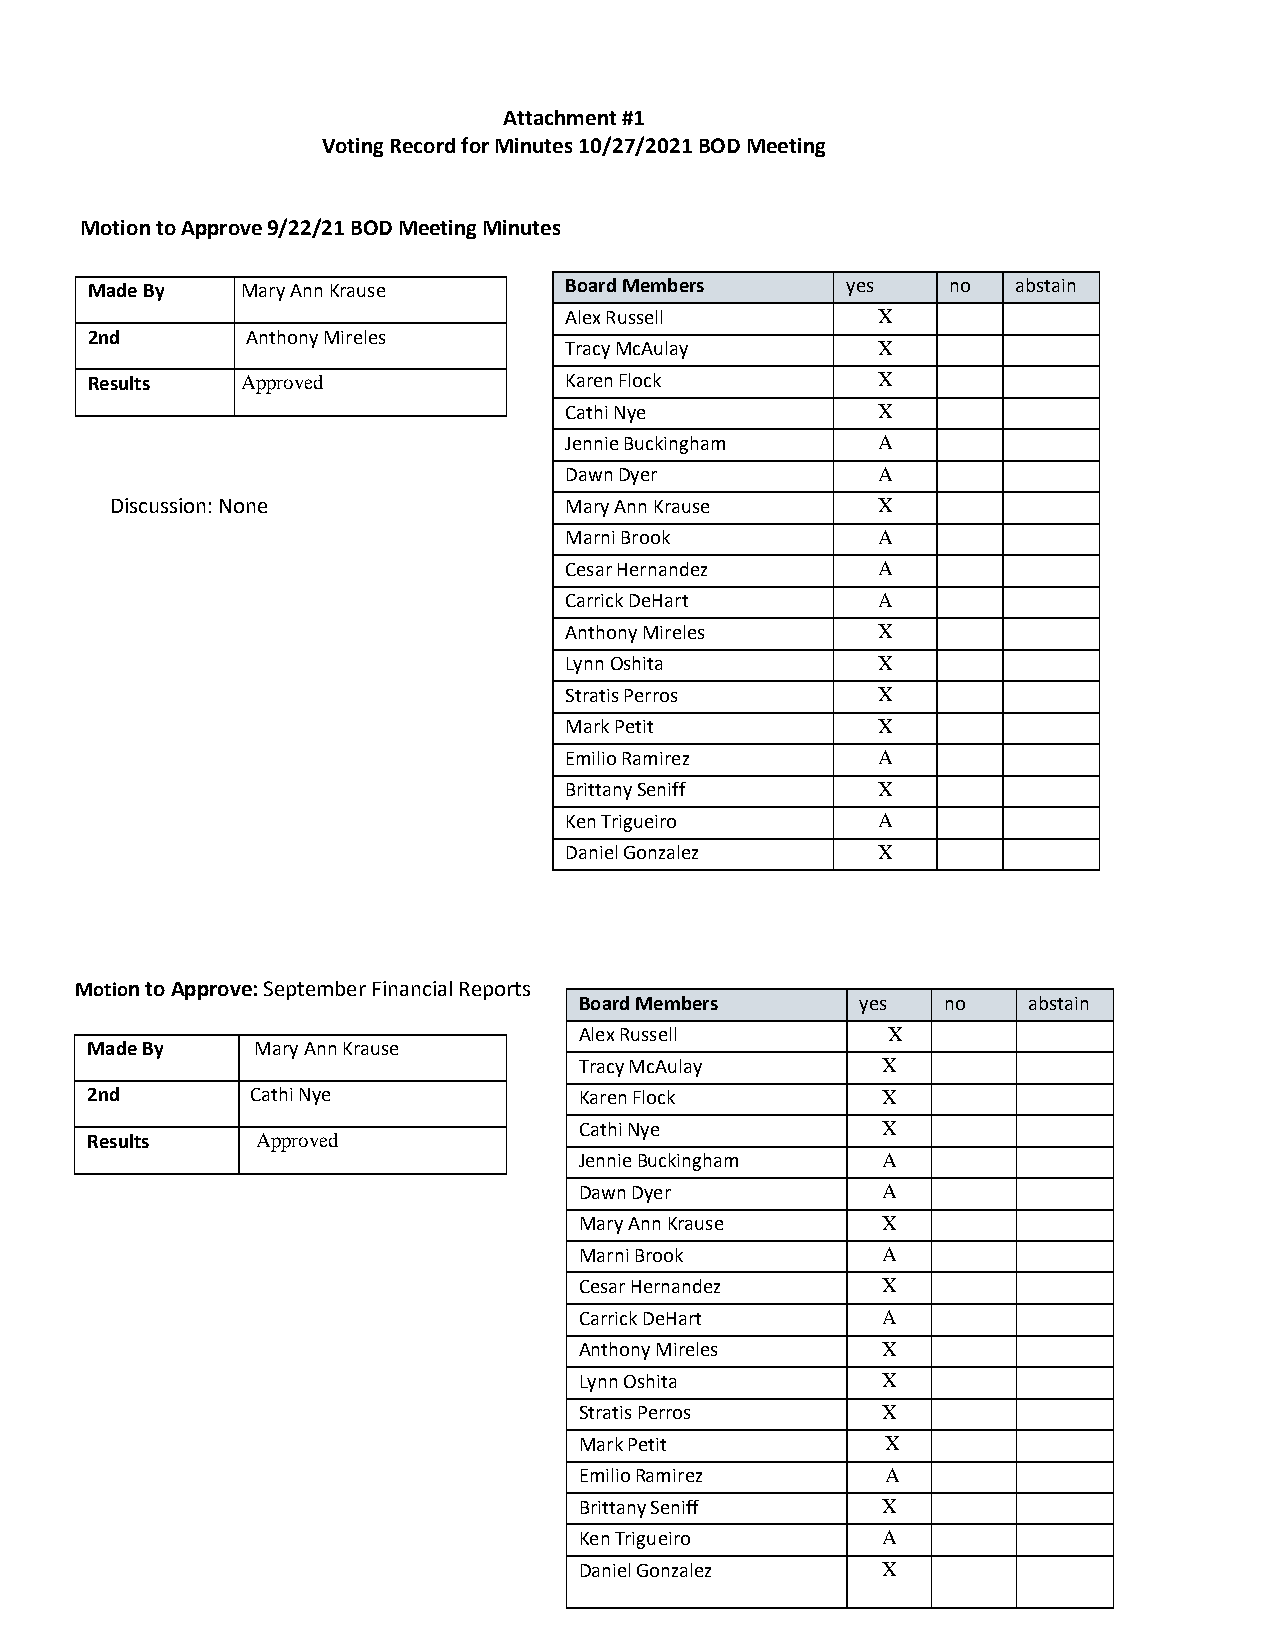
Attachment #1
 Voting Record for Minutes 10/27/2021 BOD Meeting
 Motion to Approve 9/22/21 BOD Meeting Minutes
 Made By   Mary Ann Krause      Board Members      yes    no  abstain
 Alex Russell         X
 2nd       Anthony Mireles
 Tracy McAulay        X
 Results   Approved             Karen Flock          X
 Cathi Nye            X
 Jennie Buckingham    A
 Dawn Dyer            A
 Discussion: None              Mary Ann Krause      X
 Marni Brook          A
 Cesar Hernandez      A
 Carrick DeHart       A
 Anthony Mireles      X
 Lynn Oshita          X
 Stratis Perros       X
 Mark Petit           X
 Emilio Ramirez       A
 Brittany Seniff      X
 Ken Trigueiro        A
 Daniel Gonzalez      X
 Motion to Approve: September Financial Reports
 Board Members      yes  no    abstain
 Alex Russell         X
 Made By    Mary Ann Krause
 Tracy McAulay       X
 2nd        Cathi Nye            Karen Flock         X
 Cathi Nye           X
 Results    Approved
 Jennie Buckingham   A
 Dawn Dyer           A
 Mary Ann Krause     X
 Marni Brook         A
 Cesar Hernandez     X
 Carrick DeHart      A
 Anthony Mireles     X
 Lynn Oshita         X
 Stratis Perros      X
 Mark Petit           X
 Emilio Ramirez       A
 Brittany Seniff     X
 Ken Trigueiro       A
 Daniel Gonzalez     X